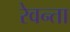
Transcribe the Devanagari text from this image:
रेवन्ता